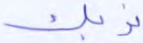
نربك